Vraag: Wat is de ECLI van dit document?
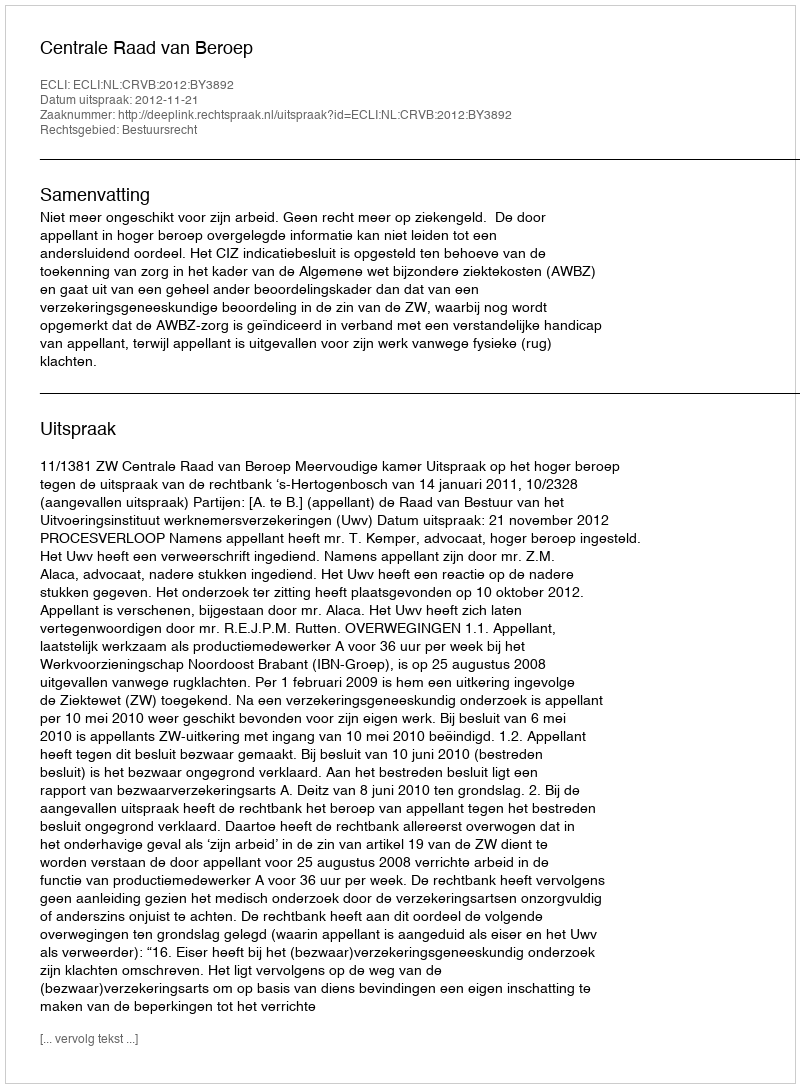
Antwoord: ECLI:NL:CRVB:2012:BY3892